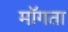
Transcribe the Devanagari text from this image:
माॅगता